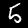
Label: 5